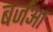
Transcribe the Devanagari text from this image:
बर्जआ